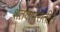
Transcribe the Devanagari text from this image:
शतकभरातील